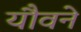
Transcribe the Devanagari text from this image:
यौवने